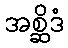
အစ္ဆိဒံ